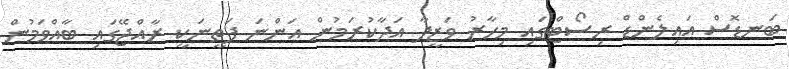
ބަނޑޮސް އައިލެންޑް ރިސޯޓްގައި މިހާރު ވަޒީފާ އަދާކުރަމުން އަންނަ ފަތީނަކީ ރާއްޖޭގައި ބާއްވަމުން